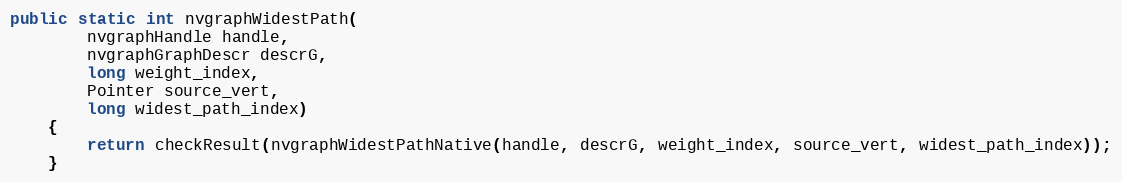
Language: Java
public static int nvgraphWidestPath(
        nvgraphHandle handle,
        nvgraphGraphDescr descrG,
        long weight_index,
        Pointer source_vert,
        long widest_path_index)
    {
        return checkResult(nvgraphWidestPathNative(handle, descrG, weight_index, source_vert, widest_path_index));
    }